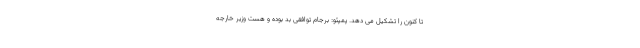
تا کنون را تشکیل می دهد. پمپئو: برجام توافقی بد بوده و هست وزیر خارجه